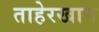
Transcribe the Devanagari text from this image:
ताहेरखान